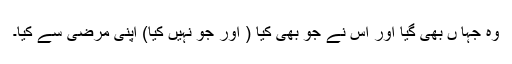
وہ جہا ں بھی گیا اور اس نے جو بھی کیا ( اور جو نہیں کیا) اپنی مرضی سے کیا۔